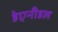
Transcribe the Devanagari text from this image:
हेएनीडल